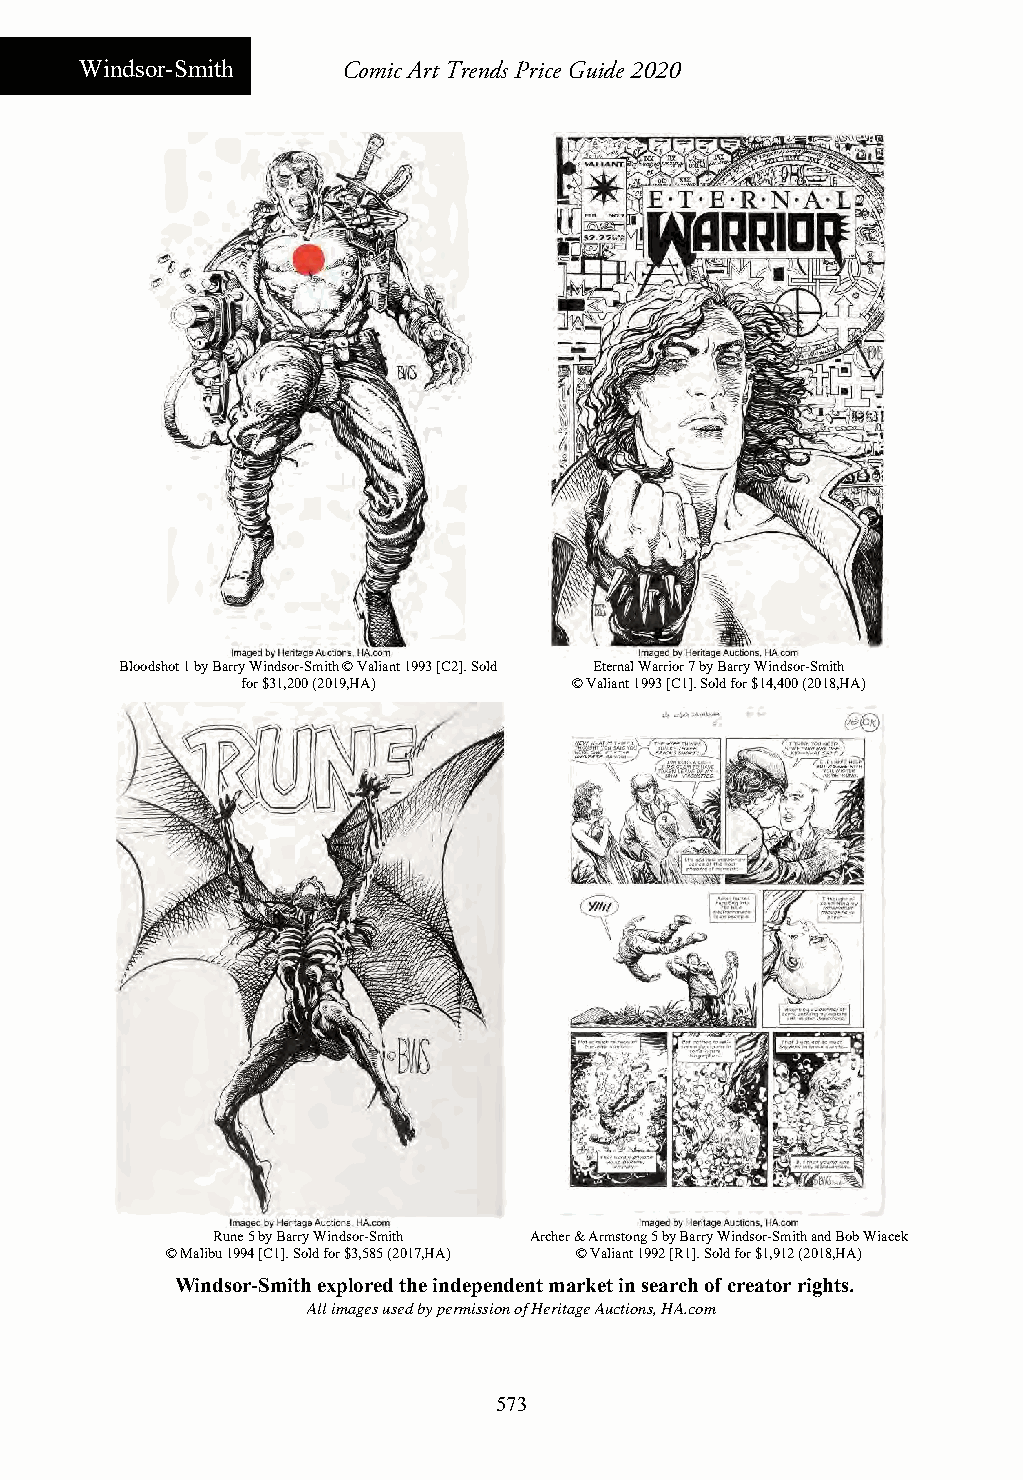
Windsor-Smith     Comic Art Trends Price Guide 2020
 Bloodshot 1 by Barry Windsor-Smith © Valiant 1993 [C2]. Sold Eternal Warrior 7 by Barry Windsor-Smith
 for $31,200 (2019,HA) © Valiant 1993 [C1]. Sold for $14,400 (2018,HA)
 Rune 5 by Barry Windsor-Smith Archer & Armstong 5 by Barry Windsor-Smith and Bob Wiacek
 © Malibu 1994 [C1]. Sold for $3,585 (2017,HA) © Valiant 1992 [R1]. Sold for $1,912 (2018,HA)
 Windsor-Smith explored the independent market in search of creator rights.
 All images used by permission of Heritage Auctions, HA.com
 573